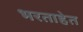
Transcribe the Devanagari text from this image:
भरताहेत